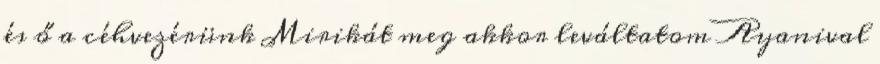
és ő a céhvezérünk Mirikát meg akkor leváltatom Ayanival